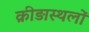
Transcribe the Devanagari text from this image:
क्रीड़ास्थलों